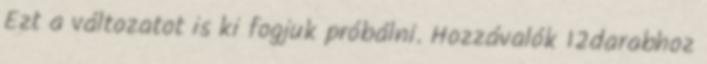
Ezt a változatot is ki fogjuk próbálni. Hozzávalók 12darabhoz